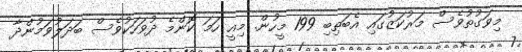
މިވަގުތުވެސް މަރުކަޒުގައި އެބަތިބި 199 މީހުން. މިއީ ހަމަ ކޮންމެ ދުވަހަކުވެސް ބަދަލުވަމުންދާ